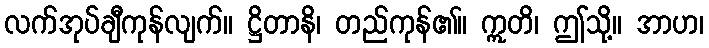
လက်အုပ်ချီကုန်လျက်။ ဋ္ဌိတာနိ၊ တည်ကုန်၏။ ဣတိ၊ ဤသို့။ အာဟ၊